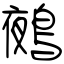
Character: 鵺